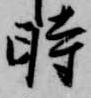
時